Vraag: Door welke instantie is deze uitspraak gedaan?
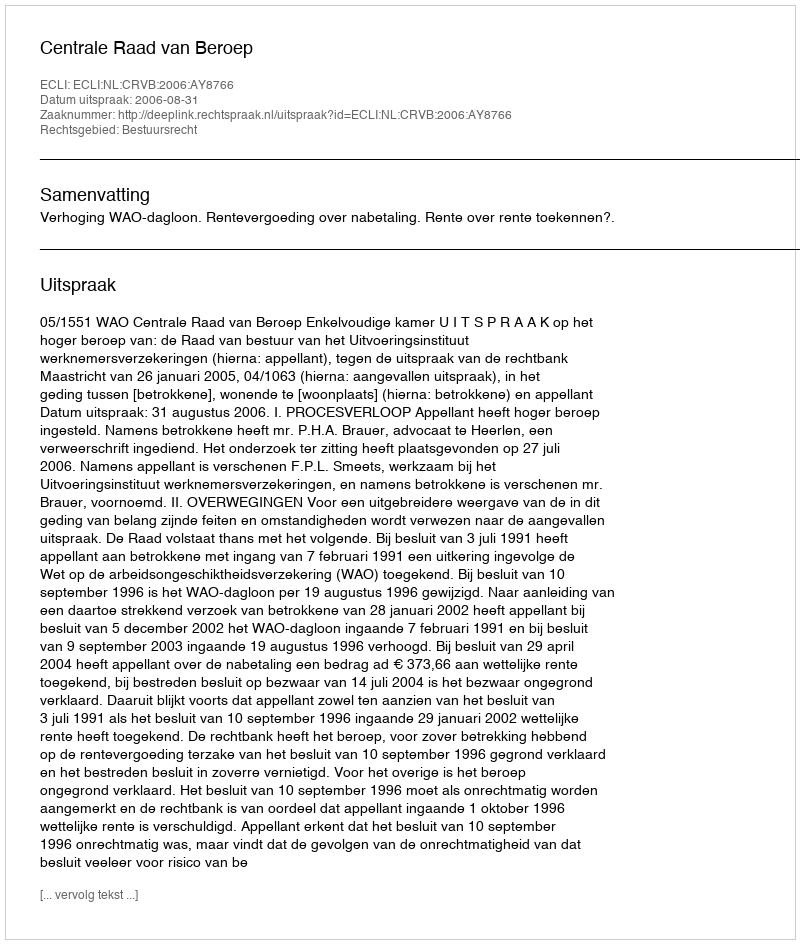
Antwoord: Centrale Raad van Beroep